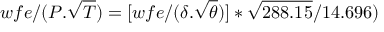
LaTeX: w f e / ( { P } . { \sqrt { T } } ) = [ w f e / ( { \delta } . { \sqrt { \theta } } ) ] * { \sqrt { 2 8 8 . 1 5 } } / { 1 4 . 6 9 6 } )